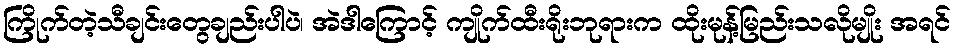
ကြိုက်တဲ့သီချင်းတွေချည်းပါပဲ၊ အဲဒါကြောင့် ကျိုက်ထီးရိုးဘုရားက ထိုးမုန့်မြည်းသလိုမျိုး အရင်